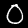
Digit: 0